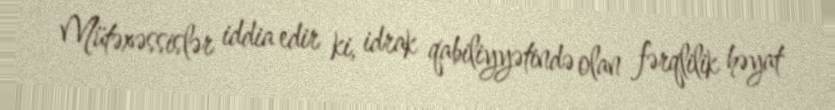
Mütəxəssislər iddia edir ki, idrak qabiliyyətində olan fərqlilik həyat